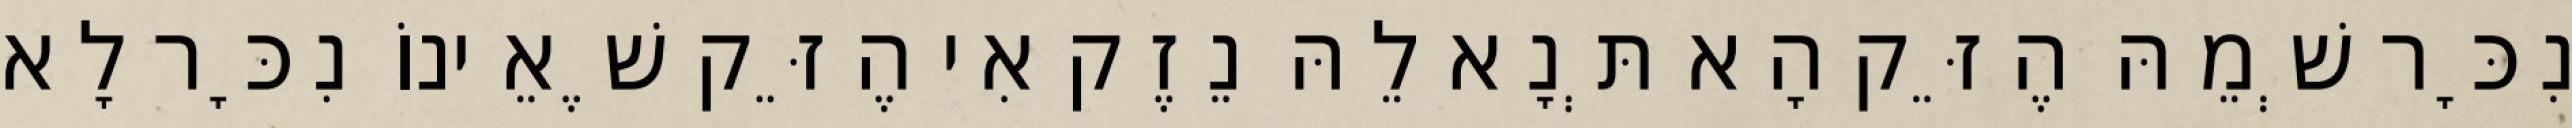
נִכָּר שְׁמֵהּ הֶזֵּק הָא תְּנָא לֵהּ נֵזֶק אִי הֶזֵּק שֶׁאֵינוֹ נִכָּר לָא